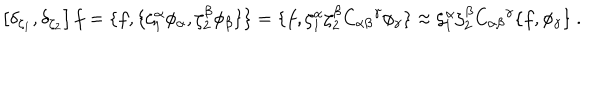
LaTeX: \left[ \delta _ { \zeta _ { 1 } } , \delta _ { \zeta _ { 2 } } \right] f = \{ f , \{ \zeta _ { 1 } ^ { \alpha } \phi _ { \alpha } , \zeta _ { 2 } ^ { \beta } \phi _ { \beta } \} \} = \{ f , \zeta _ { 1 } ^ { \alpha } \zeta _ { 2 } ^ { \beta } { C _ { \alpha \beta } } ^ { \gamma } \phi _ { \gamma } \} \approx \zeta _ { 1 } ^ { \alpha } \zeta _ { 2 } ^ { \beta } { C _ { \alpha \beta } } ^ { \gamma } \{ f , \phi _ { \gamma } \} \ .